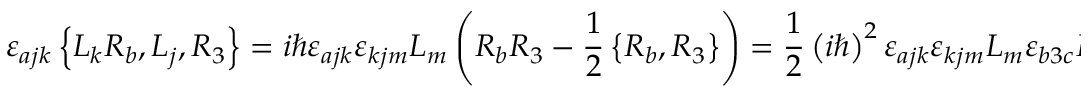
\varepsilon _ { a j k } \left\{ L _ { k } R _ { b } , L _ { j } , R _ { 3 } \right\} = i \hbar \varepsilon _ { a j k } \varepsilon _ { k j m } L _ { m } \left( R _ { b } R _ { 3 } - \frac { 1 } { 2 } \left\{ R _ { b } , R _ { 3 } \right\} \right) = \frac { 1 } { 2 } \left( i \hbar \right) ^ { 2 } \varepsilon _ { a j k } \varepsilon _ { k j m } L _ { m } \varepsilon _ { b 3 c } R _ { c } = \hbar ^ { 2 } L _ { a } R _ { c } \varepsilon _ { b 3 c } \; .